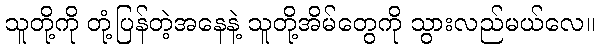
သူတို့ကို တုံ့ပြန်တဲ့အနေနဲ့ သူတို့အိမ်တွေကို သွားလည်မယ်လေ။